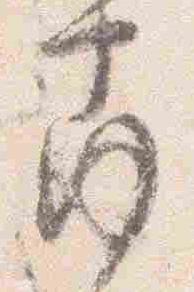
南